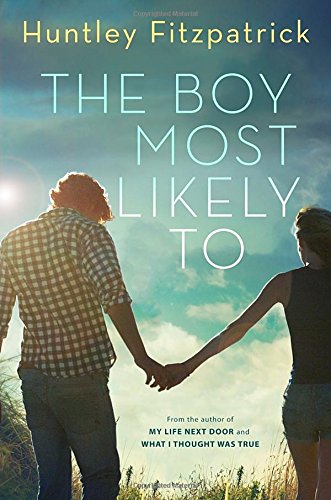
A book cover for The Boy Most Likely To; Huntley Fitzpatrick; Teen & Young Adult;